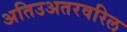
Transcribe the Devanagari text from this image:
अतिउअतरवरिल